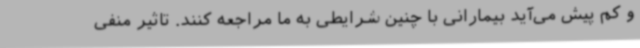
و کم پیش می‌آید بیمارانی با چنین شرایطی به ما مراجعه کنند. تاثیر منفی